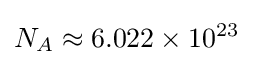
N_{A}\approx 6.022\times 10^{23}